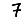
Digit: 7